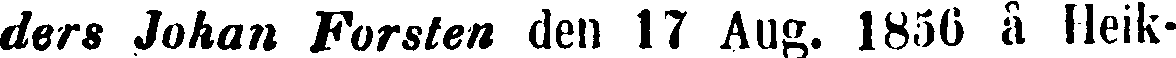
ders Johan Forsten den 17 Aug. 1856 å Heik-